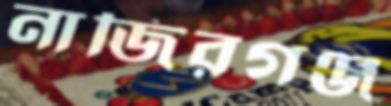
নাজিরগঞ্জ